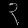
Digit: ၃